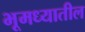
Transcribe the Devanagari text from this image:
भूमध्यातील